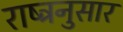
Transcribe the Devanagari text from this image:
राष्ट्रनुसार